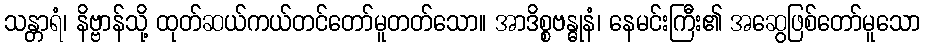
သန္တာရံ၊ နိဗ္ဗာန်သို့ ထုတ်ဆယ်ကယ်တင်တော်မူတတ်သော။ အာဒိစ္စဗန္ဓုနံ၊ နေမင်းကြီး၏ အဆွေဖြစ်တော်မူသော